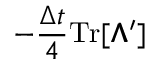
- \frac { \Delta t } { 4 } \mathrm { T r } [ \pmb { \Lambda } ^ { \prime } ]